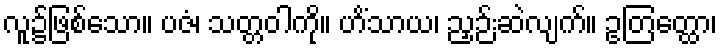
လူ၌ဖြစ်သော။ ပဇံ၊ သတ္တဝါကို။ ဟိံသာယ၊ ညှဉ်းဆဲလျက်။ ဥတြတ္ထော၊